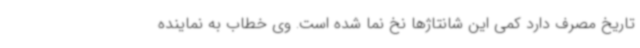
تاریخ مصرف دارد کمی این شانتاژها نخ نما شده است. وی خطاب به نماینده